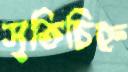
সৃতিচিহ্ন